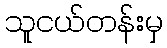
သူငယ်တန်းမှ